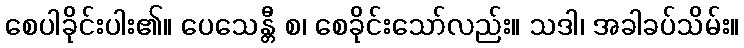
စေပါခိုင်းပါး၏။ ပေသေန္တီ စ၊ စေခိုင်းသော်လည်း။ သဒါ၊ အခါခပ်သိမ်း။